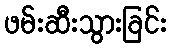
ဖမ်းဆီးသွားခြင်း